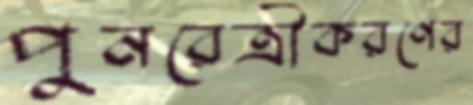
পুনরেত্রীকরণের